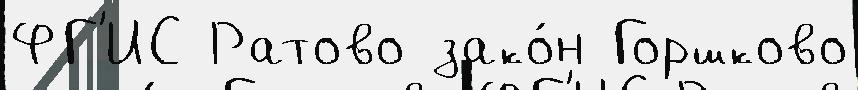
ФГ'ИС Ратово зако́н Горшково